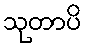
သုတာပိ